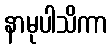
နာမုပါသိကာ